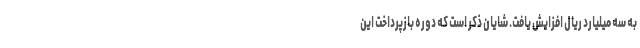
به سه میلیارد ریال افزایش یافت. شایان ذکر است که دوره بازپرداخت این